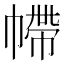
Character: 𢄩